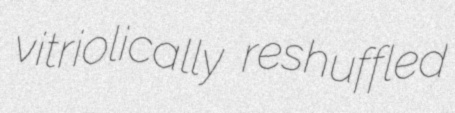
vitriolically reshuffled